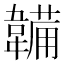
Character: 韛